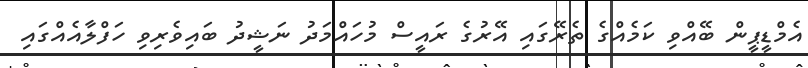
އެމްޑީޕީން ބޭއްވި ކަމެއްގެ ތެރޭގައި އޭރުގެ ރައީސް މުހައްމަދު ނަޝީދު ބައިވެރިވި ހަފްލާއެއްގައި